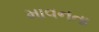
માવનતા